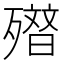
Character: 𭮢